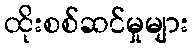
ထိုးစစ်ဆင်မှုများ